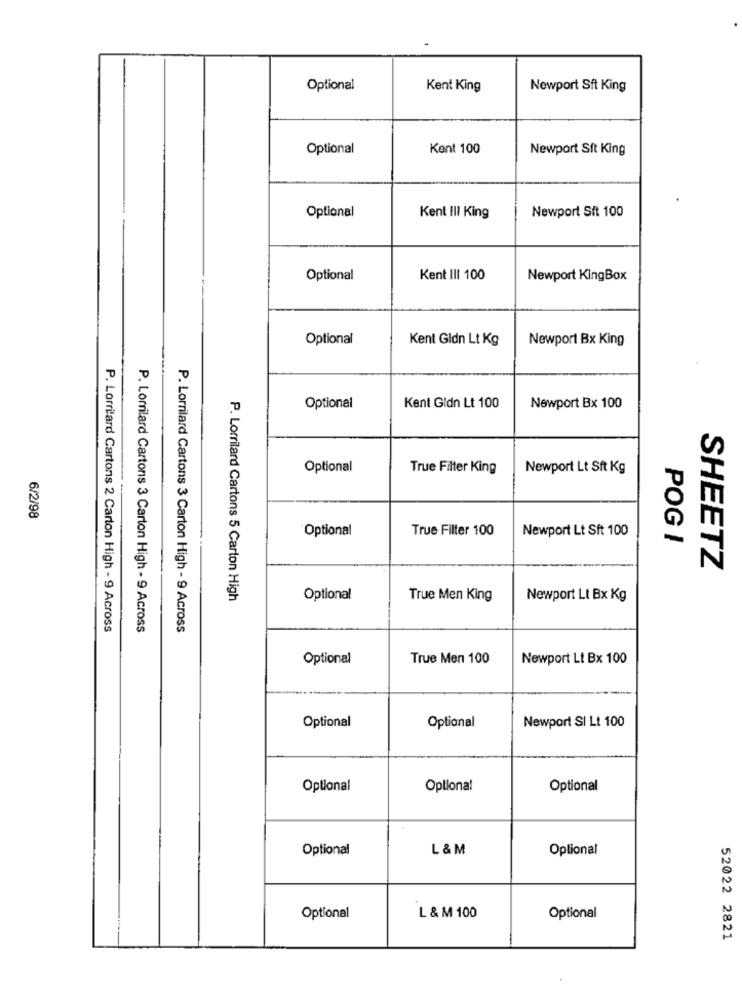
Optional
Kent King
Newport Sft King
Optional
Kent 100
Newport Sft King
Optional
Newport Sft 100
Kent Ill King
Optional
Kent III 100
Newport KingBox
Optional
Kent Gldn Lt Kg
Newport Bx King
Optional
Kent Gidn Lt 100
Newport Bx 100
Optional
True Filter King
Newport Lt Sft Kg
O
6/2/98
Optional
True Filter 100
Newport Lt Sft 100
POG I
SHEETZ
P. Lorrilard Cartons 5 Carton High
Optional
True Men King
Newport Lt Bx Kg
P. Lorritard Cartons 2 Carton High - 9 Across
P. Lorrilard Cartons 3 Carton High - 9 Across
P. Lorrilard Cartons 3 Carton High - 9 Across
Optional
True Men 100
Newport Lt Bx 100
Optional
Newport SI Lt 100
Optional
Optional
Optional
Optional
Optional
L & M
Optional
Optional
L & M 100
Optional
52022 2821